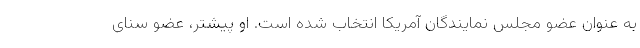
به عنوان عضو مجلس نمایندگان آمریکا انتخاب شده است. او پیشتر، عضو سنای